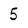
Character: 5